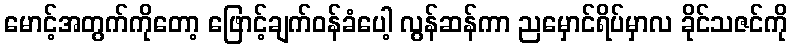
မောင့်အတွက်ကိုတော့ ဖြောင့်ချက်ဝန်ခံပေါ့ လွန်ဆန်ကာ ညမှောင်ရိပ်မှာလ ခိုင်သဇင်ကို